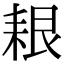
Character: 𦫎